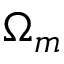
\Omega _ { m }